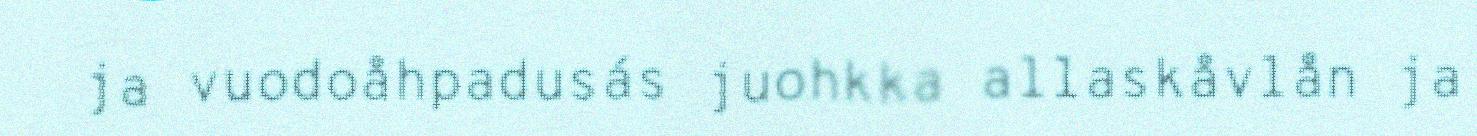
ja vuodoåhpadusás juohkka allaskåvlån ja